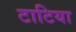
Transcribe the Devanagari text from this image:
टाटिया